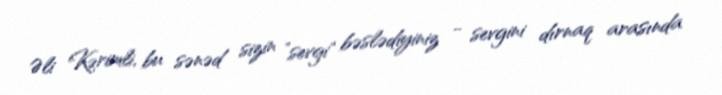
Əli Kərimli, bu sənəd sizin ”sevgi" bəslədiyiniz - sevgini dırnaq arasında